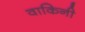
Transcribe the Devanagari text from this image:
वाकिनी